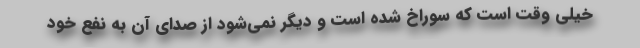
خیلی وقت است که سوراخ شده است و دیگر نمی‌شود از صدای آن به نفع خود